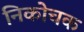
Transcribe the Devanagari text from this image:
निकोचक